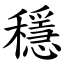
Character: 穩